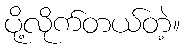
ပို့လိုက်တယ်တဲ့။